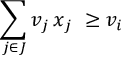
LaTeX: \sum _ { j \in J } v _ { j } \, x _ { j } \ \geq v _ { i }